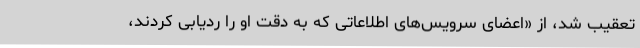
تعقیب شد، از «اعضای سرویس‌های اطلاعاتی که به دقت او را ردیابی کردند،